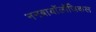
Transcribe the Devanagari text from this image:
ननबायाॅलाॅजिकल